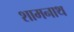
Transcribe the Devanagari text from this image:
शामनाथ